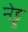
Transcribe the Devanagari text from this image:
नेड्ड